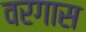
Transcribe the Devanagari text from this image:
वरगास